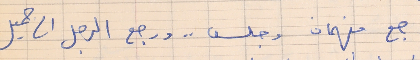
رجع فهمان وجلس . . ورجع الرجل الى جميل